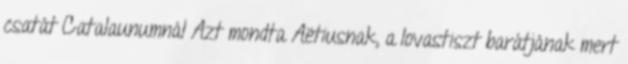
csatát Catalaunumnál Azt mondta Aëtiusnak, a lovastiszt barátjának mert